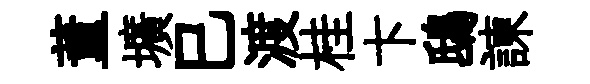
董壙巳渡桂卞鴟諫